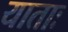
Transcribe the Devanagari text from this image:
याताः